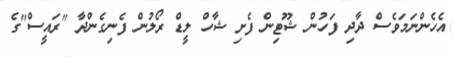
އެހެންނަމަވެސް ދާދި ފަހުން ޝޫޓިން ފެށި ޝާހް ލީޑް ރޯލުން ފެނިގެންދާ "ރައީސް"ގެ